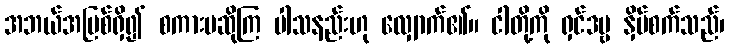
အဘယ်အပြစ်ရှိ၍ စကားမဆိုကြ ပါသနည်းဟု လျှောက်၏။ ငါတို့ကို ရှင်ဒဗ္ဗ နှိပ်စက်သည်၊